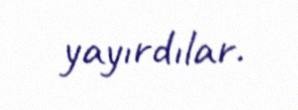
yayırdılar.